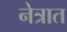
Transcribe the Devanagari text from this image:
नेत्रात